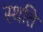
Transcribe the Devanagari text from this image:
स्‍थति